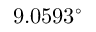
9 . 0 5 9 3 ^ { \circ }